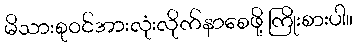
မိသားစုဝင်အားလုံးလိုက်နာစေဖို့ ကြိုးစားပါ။